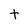
Character: t